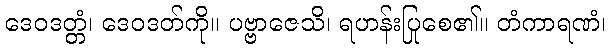
ဒေဝဒတ္တံ၊ ဒေဝဒတ်ကို။ ပဗ္ဗာဇေသိ၊ ရဟန်းပြုစေ၏။ တံကာရဏံ၊